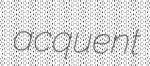
acquent